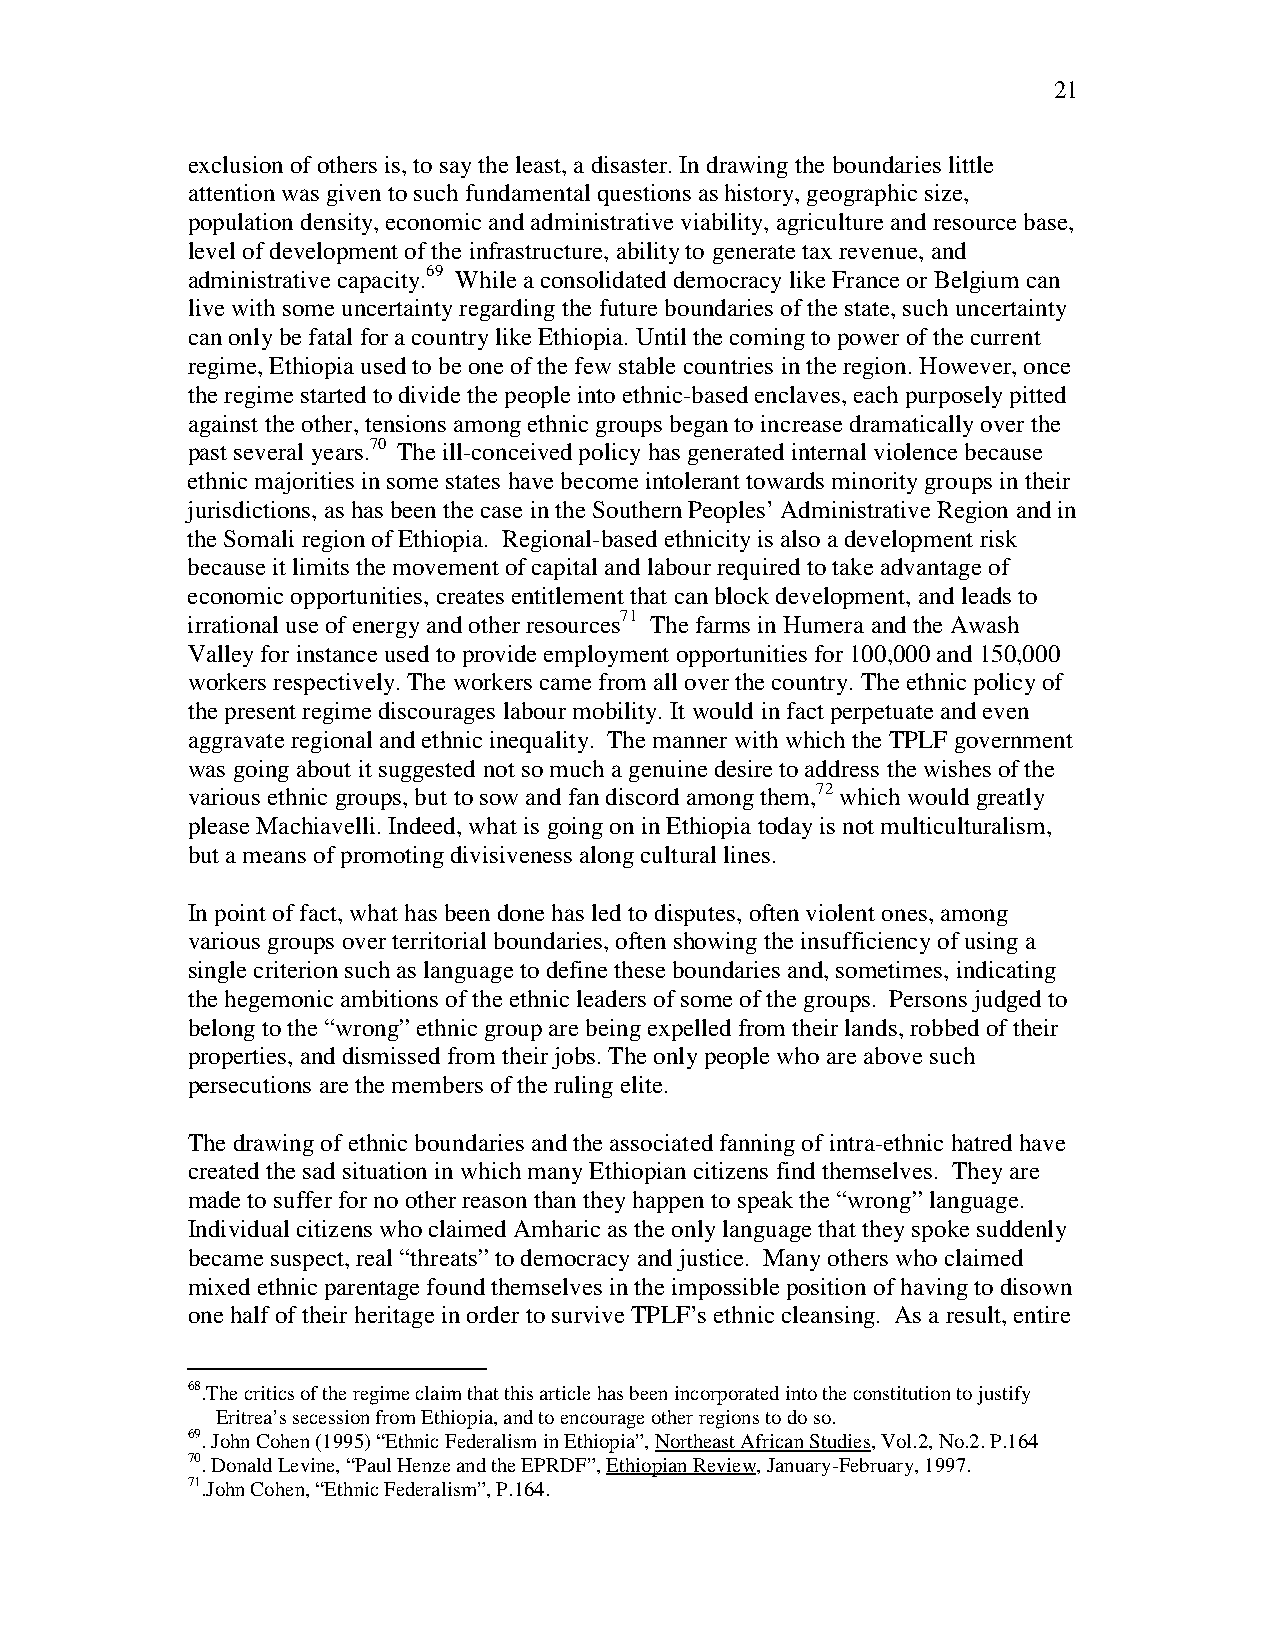
21
 exclusion of others is, to say the least, a disaster. In drawing the boundaries little
 attention was given to such fundamental questions as history, geographic size,
 population density, economic and administrative viability, agriculture and resource base,
 level of development of the infrastructure, ability to generate tax revenue, and
 administrative capacity.69 While a consolidated democracy like France or Belgium can
 live with some uncertainty regarding the future boundaries of the state, such uncertainty
 can only be fatal for a country like Ethiopia. Until the coming to power of the current
 regime, Ethiopia used to be one of the few stable countries in the region. However, once
 the regime started to divide the people into ethnic-based enclaves, each purposely pitted
 against the other, tensions among ethnic groups began to increase dramatically over the
 past several years.70 The ill-conceived policy has generated internal violence because
 ethnic majorities in some states have become intolerant towards minority groups in their
 jurisdictions, as has been the case in the Southern Peoples’ Administrative Region and in
 the Somali region of Ethiopia. Regional-based ethnicity is also a development risk
 because it limits the movement of capital and labour required to take advantage of
 economic opportunities, creates entitlement that can block development, and leads to
 irrational use of energy and other resources71 The farms in Humera and the Awash
 Valley for instance used to provide employment opportunities for 100,000 and 150,000
 workers respectively. The workers came from all over the country. The ethnic policy of
 the present regime discourages labour mobility. It would in fact perpetuate and even
 aggravate regional and ethnic inequality. The manner with which the TPLF government
 was going about it suggested not so much a genuine desire to address the wishes of the
 various ethnic groups, but to sow and fan discord among them,72 which would greatly
 please Machiavelli. Indeed, what is going on in Ethiopia today is not multiculturalism,
 but a means of promoting divisiveness along cultural lines.
 In point of fact, what has been done has led to disputes, often violent ones, among
 various groups over territorial boundaries, often showing the insufficiency of using a
 single criterion such as language to define these boundaries and, sometimes, indicating
 the hegemonic ambitions of the ethnic leaders of some of the groups. Persons judged to
 belong to the “wrong” ethnic group are being expelled from their lands, robbed of their
 properties, and dismissed from their jobs. The only people who are above such
 persecutions are the members of the ruling elite.
 The drawing of ethnic boundaries and the associated fanning of intra-ethnic hatred have
 created the sad situation in which many Ethiopian citizens find themselves. They are
 made to suffer for no other reason than they happen to speak the “wrong” language.
 Individual citizens who claimed Amharic as the only language that they spoke suddenly
 became suspect, real “threats” to democracy and justice. Many others who claimed
 mixed ethnic parentage found themselves in the impossible position of having to disown
 one half of their heritage in order to survive TPLF’s ethnic cleansing. As a result, entire
 68.The critics of the regime claim that this article has been incorporated into the constitution to justify
 Eritrea’s secession from Ethiopia, and to encourage other regions to do so.
 69. John Cohen (1995) “Ethnic Federalism in Ethiopia”, Northeast African Studies, Vol.2, No.2. P.164
 70. Donald Levine, “Paul Henze and the EPRDF”, Ethiopian Review, January-February, 1997.
 71.John Cohen, “Ethnic Federalism”, P.164.